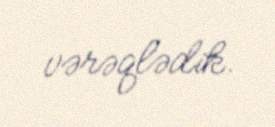
vərəqlədik.